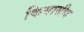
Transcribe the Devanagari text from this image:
किमासीद